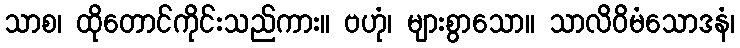
သာစ၊ ထိုတောင်ကိုင်းသည်ကား။ ဗဟုံ၊ များစွာသော။ သာလိဝိမံသောဒနံ၊